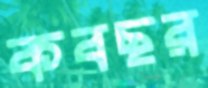
কবছর